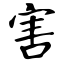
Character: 害